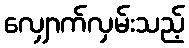
လျှောက်လှမ်းသည့်